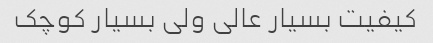
کیفیت بسیار عالی ولی بسیار کوچک